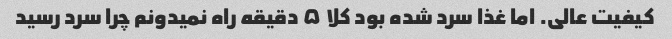
کیفیت عالی. اما غذا سرد شده بود کلا ۵ دقیقه راه نمیدونم چرا سرد رسید